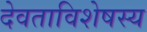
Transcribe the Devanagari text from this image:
देवताविशेषस्य